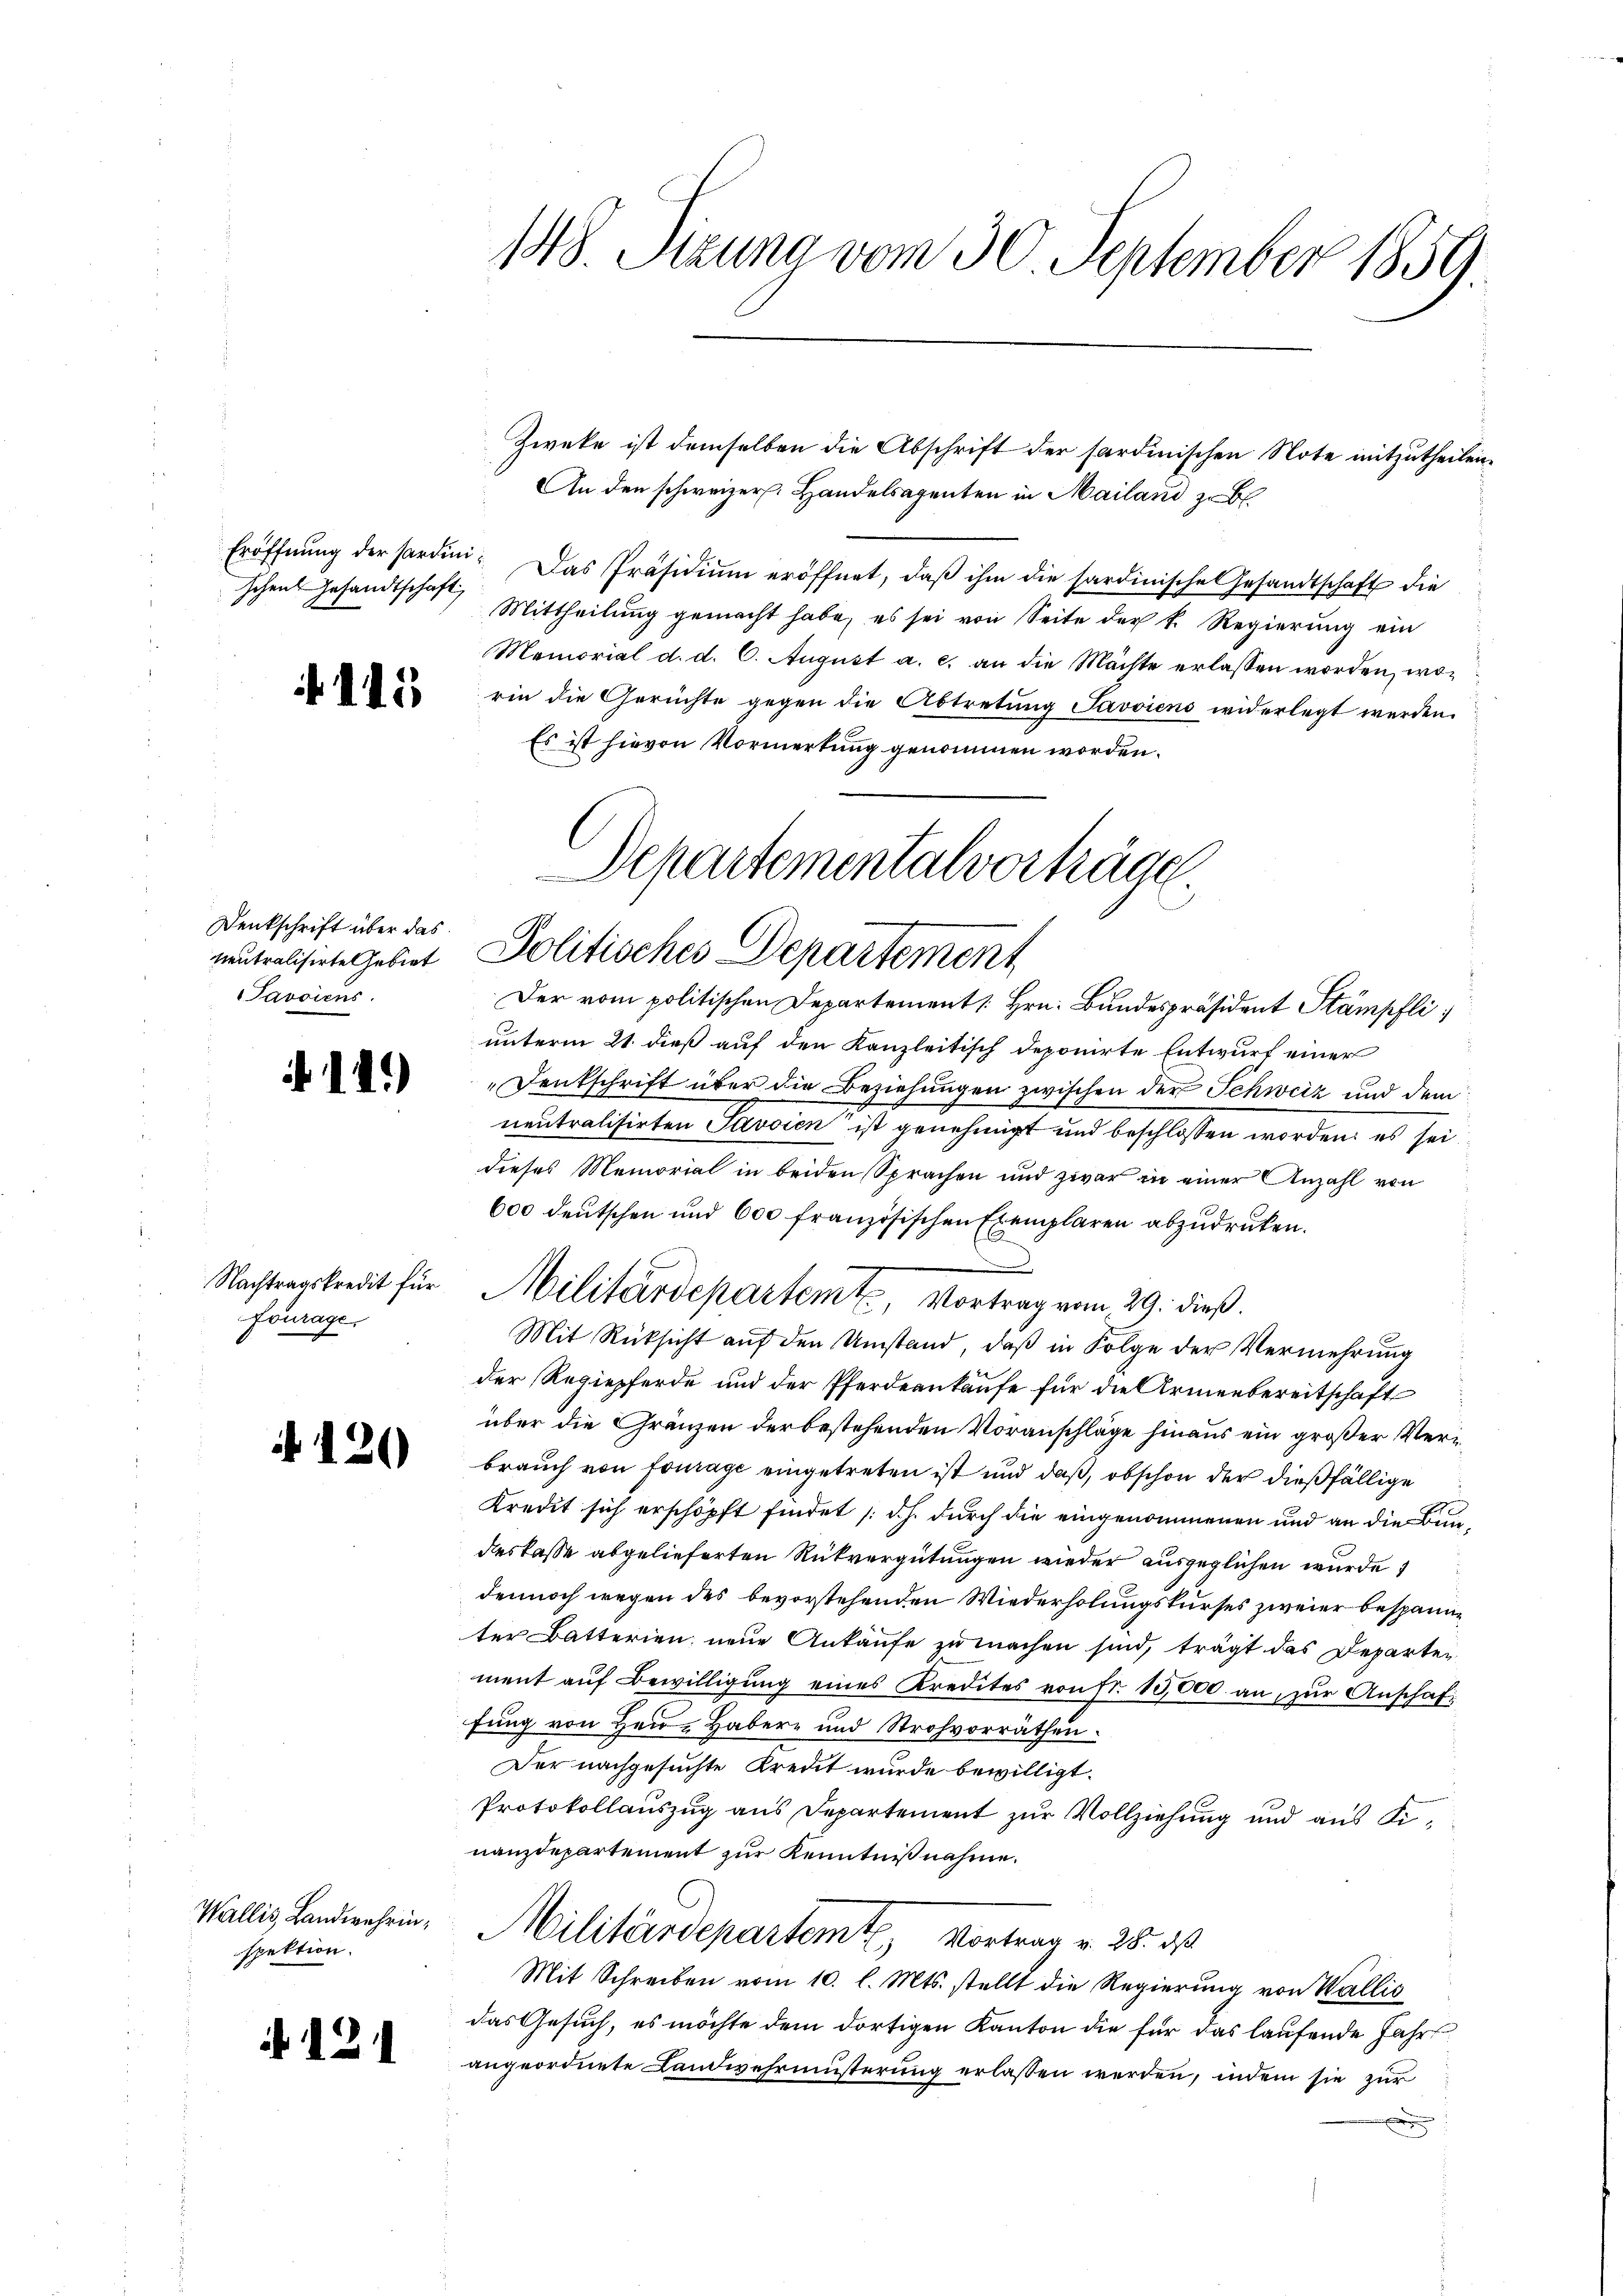
schen Gesandtschaft,

115

Denkschrift über das
Javoiens

14.)

Fourage

120

Wallis, Landwehrin,
spektion.

.12.1

148. Atzuna vom 30. September 1859.

Eröffnŭng der Sardini. Das Präsidiŭm eröffnet, daβ ihm die sardinische Gesandtschaft die
Mittheilung gemacht habe, es sei von Seite der k. Regierŭng ein
Memorial d. d. 6. August a. c. an die Mächte erlassen worden, worin die Gerüchte gegen die Abtretung Javviens widerlegt werden.
Es ist hievon Vormerkung genommen worden.
Der vom politischen Departement [Hrn. Bundespräsident Stämpfli
unterm 21. dieß auf den Kanzleitisch deponirte Entwurf einer
Deutschrift über die Beziehungen zwischen der Schweiz und dem
neutralisirten Savoien ist genehmigt und beschlossen worden: es sei.
dieses Memorial in beiden Sprachen und zwar in einer Anzahl von
600 deutschen und 600 französischen Exemplaren abzudrüken.
Mit Rücksicht auf den Umstand, daß in Folge der Vermehrung
der Regiepferde und der Pferdenkaufe für die Armenbereitschaft
über die Gränzen der bestehenden Voranschläge hinaus ein großer Verbrauch von fourage eingetreten ist und daß, obschon der dießfällige
Kredit sich erschöpft findet (d. h. durch die eingenommenen und an die Bundeskasse abgelieferten Rückvergütungen wieder ausgeglichen wurde
dennoch wegen des bevorstehenden Wiederholungskurses zweier bespannter Batterien neue Ankäufe zu machen sind, trägt das Departen
ment aŭf Bewilligŭng eines Kredites von fr. 10,000. an, zŭr Anschaffung von Hrn. Haber und Strohvorräthen.
Der nachgesuchte Kredit wurde bewilligt.
Protokollauszug aus Departement zur Vollziehung und aus Sinanzdepartement zur Kenntnißnahme.
Militärdepartemt, Vortrag v. 28. ds.
Mit Schreiben vom 10. l. Mts. stellt die Regierung von Wallis
das Gesuch, es möchte dem dortigen Kanton die für das laufende Jahr
angeordnete Landwehrmusterung erlassen werden, indem sie zur
e

Departementalvorträge
mutralisirte Gebiet Politisches Departement

Nachtungskredit für Militärdepartemt, Vortrag vom 29. dieß.

Zweke ist demselben die Abschrift der sardinischen Note mitzutheilen.
An den schweizer. Handelsagenten in Mailand zu bl